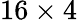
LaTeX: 16\times 4